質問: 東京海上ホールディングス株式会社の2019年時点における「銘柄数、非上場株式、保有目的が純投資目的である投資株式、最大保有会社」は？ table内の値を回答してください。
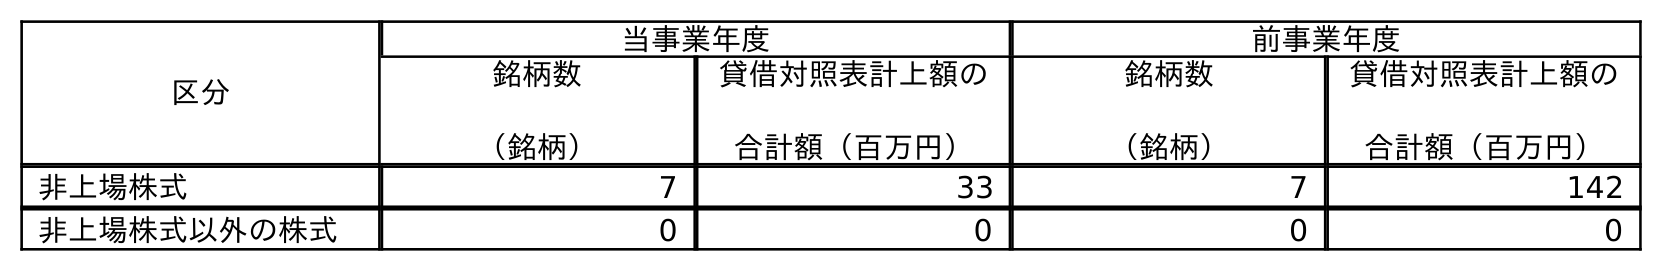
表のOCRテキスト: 区分 当事業年度 前事業年度 銘柄数 （銘柄） 貸借対照表計上額の 合計額（百万円） 銘柄数 （銘柄） 貸借対照表計上額の 合計額（百万円） 非上場株式 7 33 7 142 非上場株式以外の株式 0 0 0 0
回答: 7